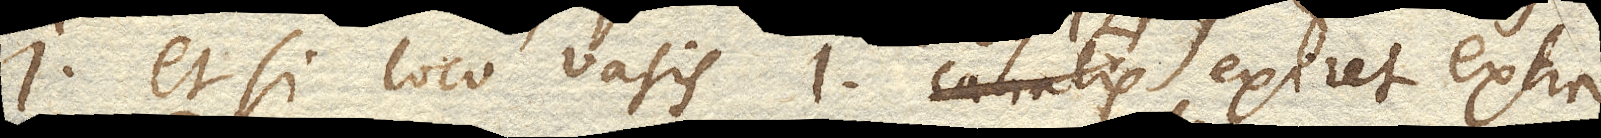
I. etsi loco vasis I. canalis exiret extra